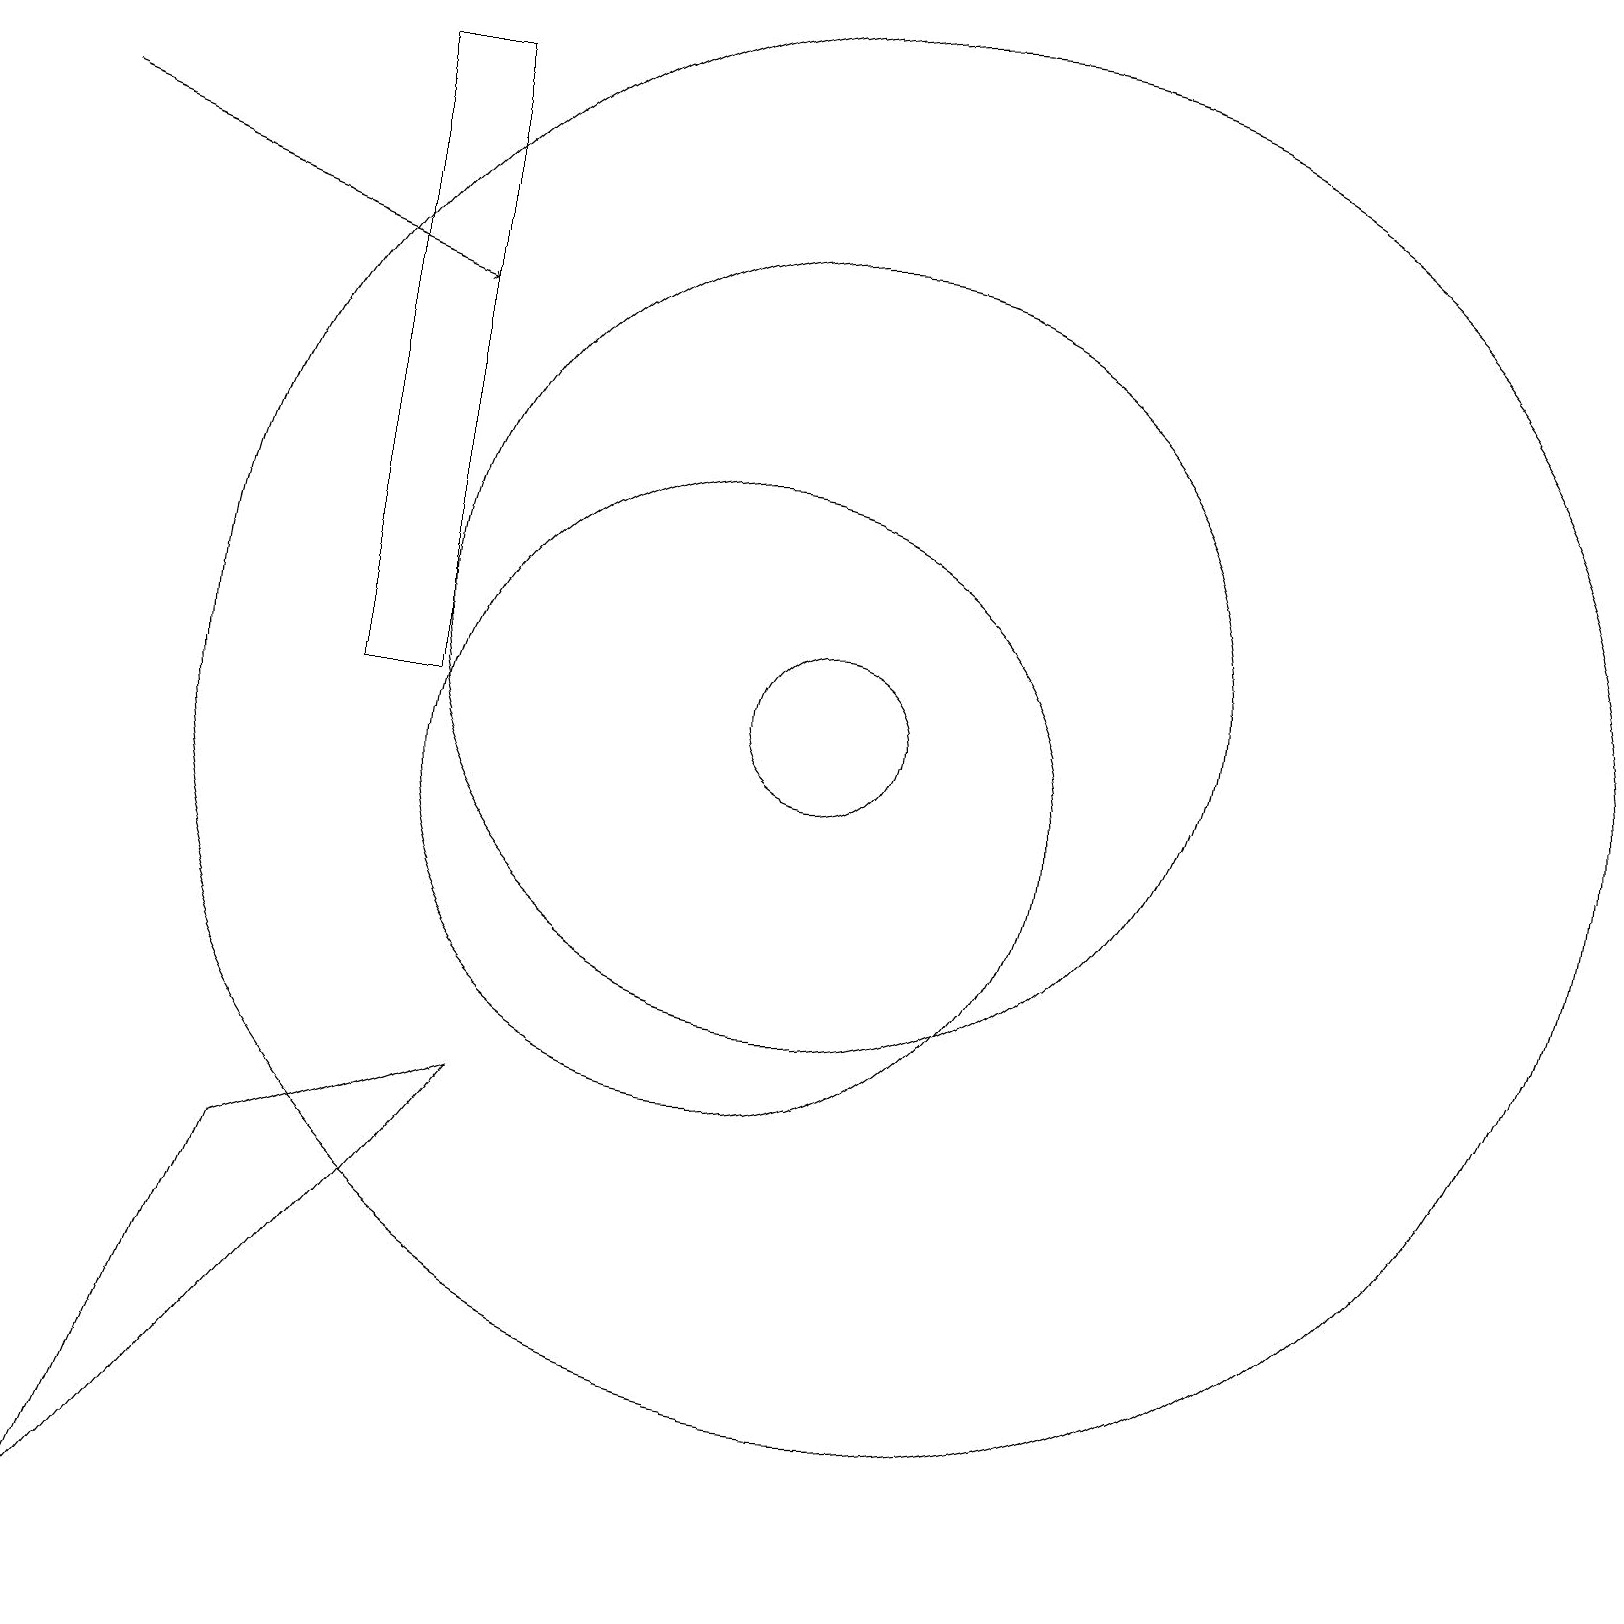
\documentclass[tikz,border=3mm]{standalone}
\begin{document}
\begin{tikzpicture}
\draw[->] (1,18) -- (6,16);
\draw (11,12) circle (5);
\draw (2,0) -- (4,5) -- (7,6) -- cycle;
\draw (12,11) circle (9);
\draw (10,10) circle (4);
\draw (6,11) rectangle (5,19);
\draw (11,11) circle (1);
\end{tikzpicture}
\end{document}